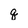
Character: g